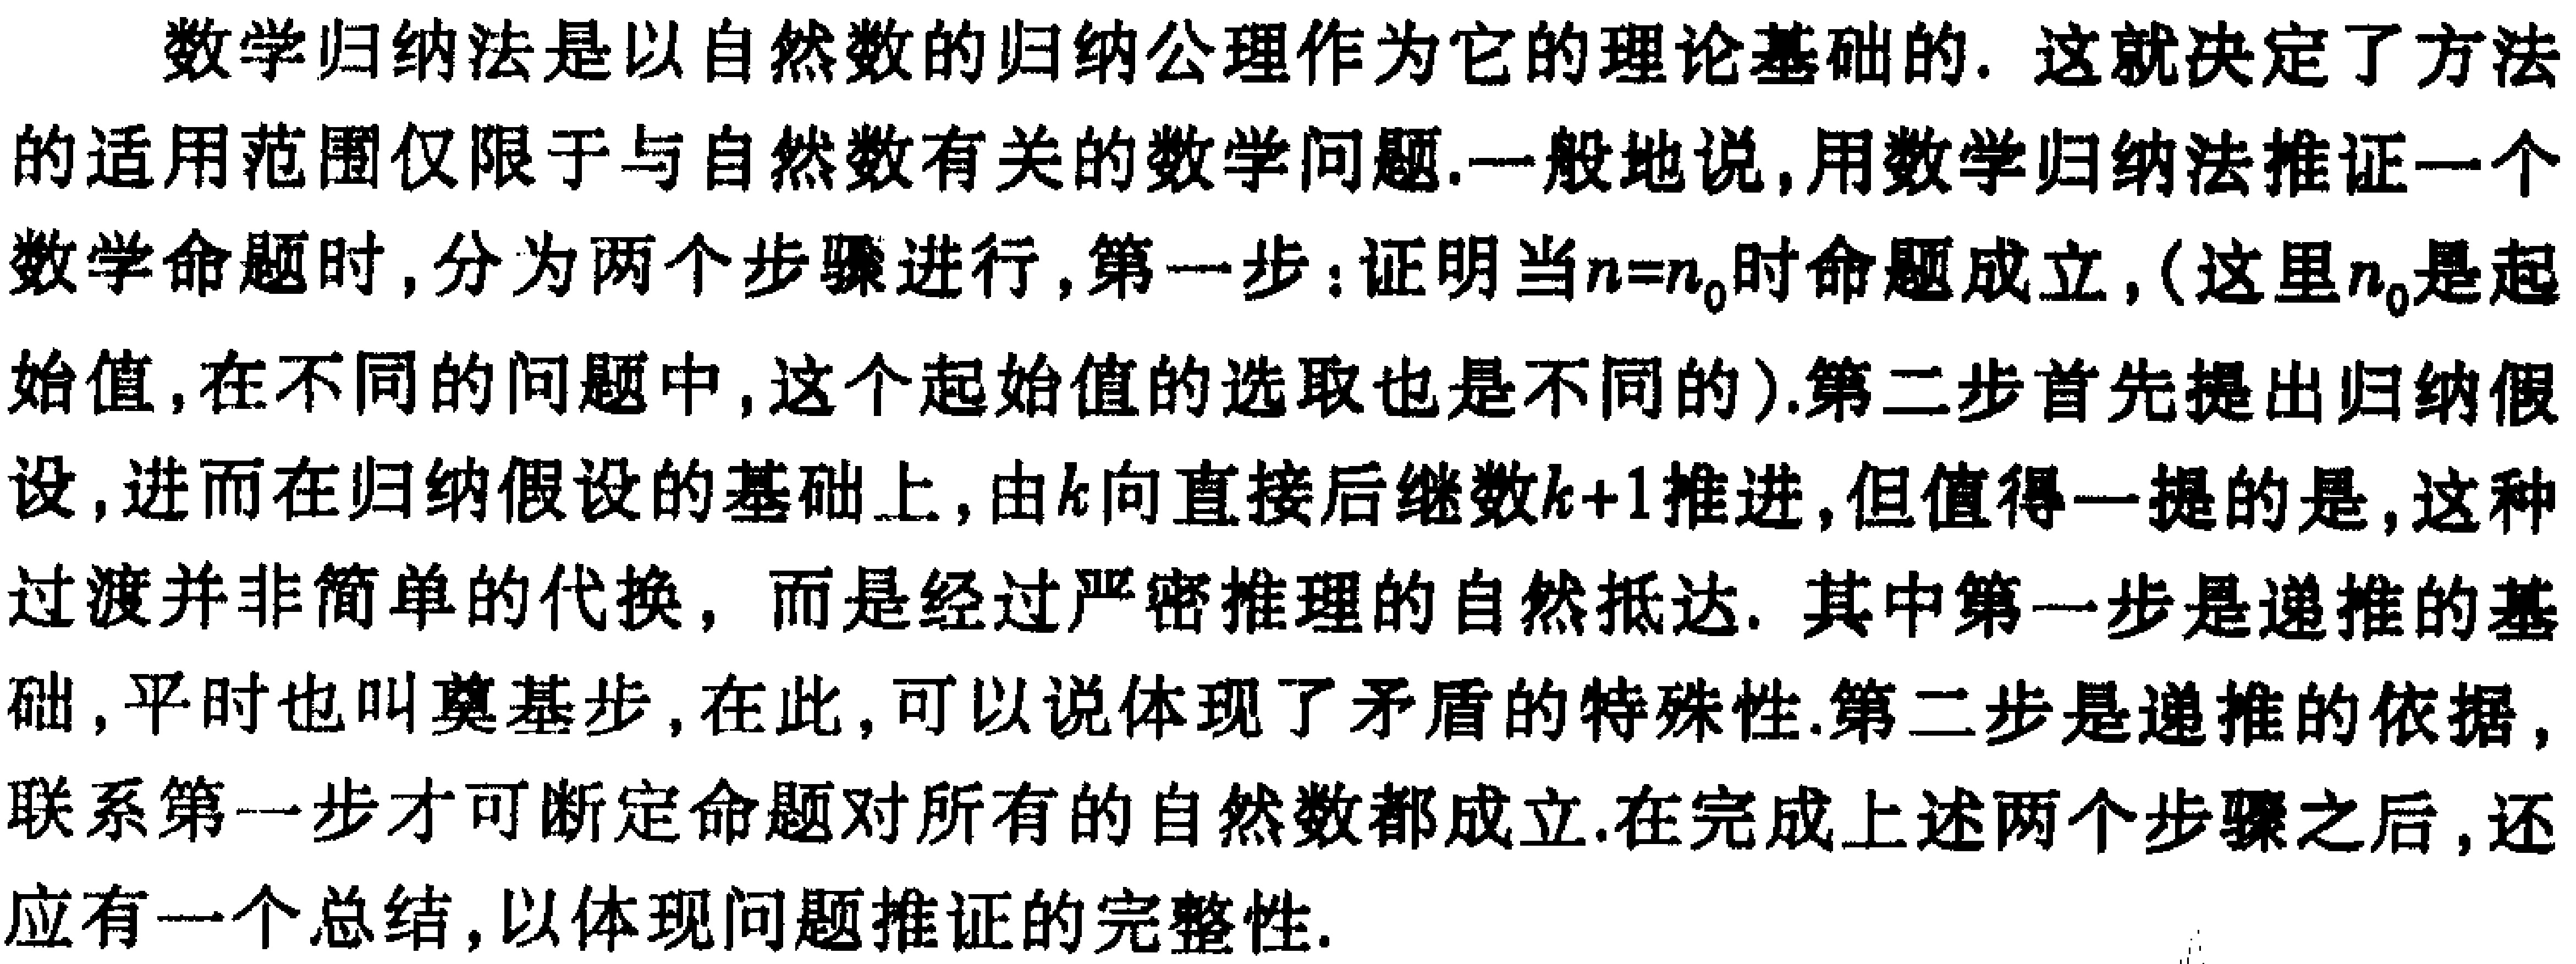
数学归纳法是以自然数的归纳公理作为它的理论基础的. 这就决定了方法的适用范围仅限于与自然数有关的数学问题.一般地说,用数学归纳法推证一个数学命题时, 分为两个步骤进行, 第一步：证明当\(n = n_0\)时命题成立, (这里\(n_0\)是起始值,在不同的问题中,这个起始值的选取也是不同的).第二步首先提出归纳假设,进而在归纳假设的基础上, 由\(k\)向直接后继数\(k + 1\)推进,但值得一提的是,这种过渡并非简单的代换，而是经过严密推理的自然抵达. 其中第一步是递推的基础,平时也叫奠基步,在此,可以说体现了矛盾的特殊性.第二步是递推的依据,联系第一步才可断定命题对所有的自然数都成立.在完成上述两个步骤之后,还应有一个总结,以体现问题推证的完整性.